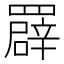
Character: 𦌠